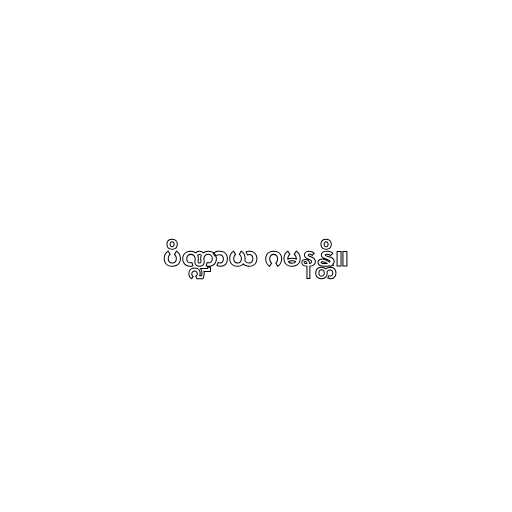
ပိဏ္ဍာယ ဂမနန္တိ။